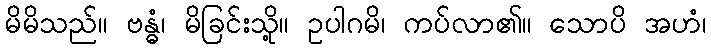
မိမိသည်။ ဗန္ဓံ၊ မိခြင်းသို့။ ဥပါဂမိ၊ ကပ်လာ၏။ သောပိ အဟံ၊